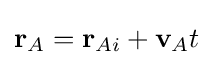
\mathbf {r} _{A}=\mathbf {r} _{Ai}+\mathbf {v} _{A}t